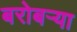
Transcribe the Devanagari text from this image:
बरोबर्‍या